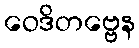
ဝေဒိတဗ္ဗေန